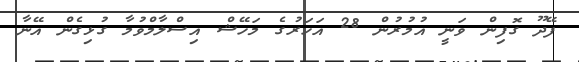
ފޭދޫ ގޮފިން ވަނީ އުމުރުން 28 އަހަރުގެ މަހޭޝް އިސްލާމްވުމާ ގުޅިގެން އޭނާ